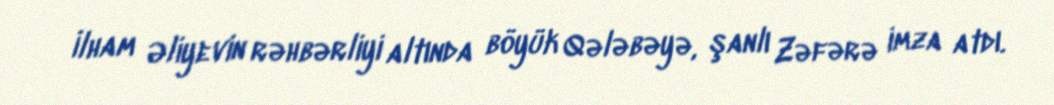
İlham Əliyevin rəhbərliyi altında böyük Qələbəyə, şanlı Zəfərə imza atdı.